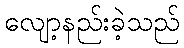
လျော့နည်းခဲ့သည်